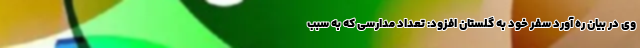
وی در بیان ره آورد سفر خود به گلستان افزود: تعداد مدارسی که به سبب